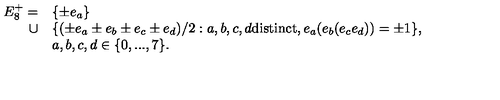
\begin{array} { r l } { E _ { 8 } ^ { + } = } & { \{ \pm e _ { a } \} } \\ { \cup } & { \{ ( \pm e _ { a } \pm e _ { b } \pm e _ { c } \pm e _ { d } ) / 2 : a , b , c , d \mathrm { d i s t i n c t } , e _ { a } ( e _ { b } ( e _ { c } e _ { d } ) ) = \pm 1 \} , } \\ { } & { a , b , c , d \in \{ 0 , . . . , 7 \} . } \\ \end{array}